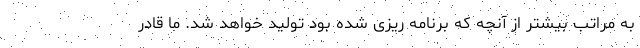
به مراتب بیشتر از آنچه که برنامه ریزی شده بود تولید خواهد شد. ما قادر